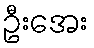
ဦးအေး